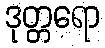
ဒုတ္တရော